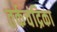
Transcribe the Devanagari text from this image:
तर्कचंद्रिका